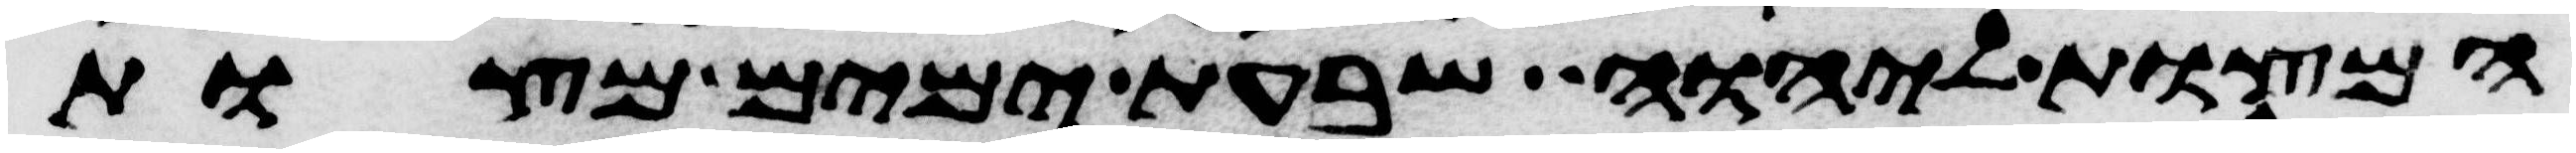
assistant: המצות ליהוה שבעת ימים מצות